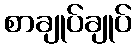
စာချုပ်ချုပ်